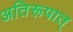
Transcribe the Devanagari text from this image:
अतिरूपात्